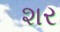
શર